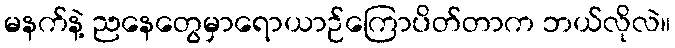
မနက်နဲ့ ညနေတွေမှာရောယာဉ်ကြောပိတ်တာက ဘယ်လိုလဲ။